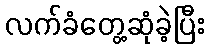
လက်ခံတွေ့ဆုံခဲ့ပြီး